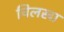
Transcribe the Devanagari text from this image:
चिलखा